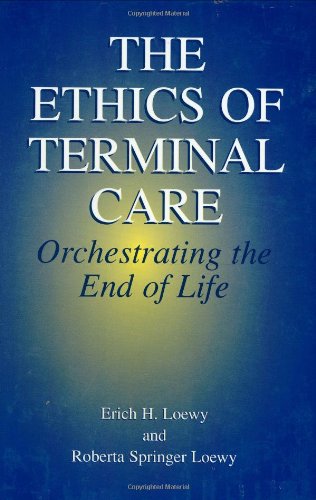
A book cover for The Ethics of Terminal Care: Orchestrating the End of Life; Erich E.H. Loewy; Medical Books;